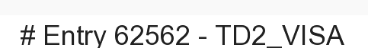
# Entry 62562 - TD2_VISA